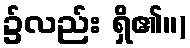
၌လည်း ရှိ၏။)